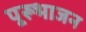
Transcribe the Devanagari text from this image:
पूरूभाजन